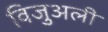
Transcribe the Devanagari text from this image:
विजुअली